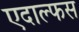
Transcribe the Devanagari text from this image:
एदाल्फस